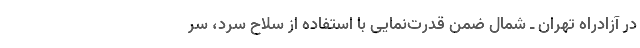
در آزادراه تهران ـ شمال ضمن قدرت‌نمایی با استفاده از سلاح سرد، سر